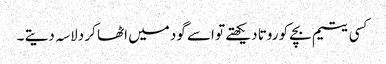
کسی یتیم بچے کو روتا دیکھتے تو اسے گود میں اٹھا کر دلاسہ دیتے ۔